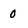
Character: 0